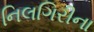
નિલગિરીના